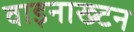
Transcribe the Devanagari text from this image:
वाइनाख्टन